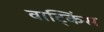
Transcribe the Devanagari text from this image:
वाट्किंस